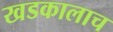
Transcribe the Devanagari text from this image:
खडकालाच